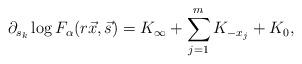
LaTeX: \begin{align*}\partial_{s_{k}} \log F_{\alpha}(r\vec{x},\vec{s})= K_{\infty} + \sum_{j=1}^{m}K_{-x_{j}} + K_{0},\end{align*}